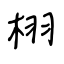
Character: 栩